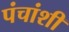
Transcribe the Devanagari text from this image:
पंचांशी